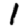
Digit: 1